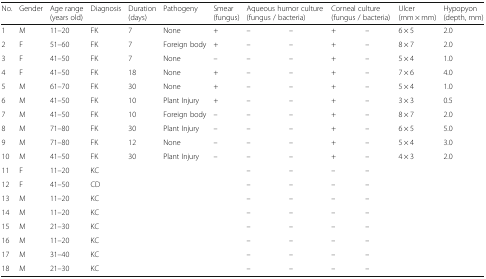
| No. | Gender | Age range (years old) | Diagnosis | Duration (days) | Pathogeny | Smear (fungus) | <COLSPAN=2> Aqueous humor culture (fungus / bacteria) | <COLSPAN=2> Corneal culture (fungus / bacteria) | Ulcer (mm × mm) | Hypopyon (depth, mm) |
 | --- | --- | --- | --- | --- | --- | --- | --- | --- | --- | --- | --- | --- |
 | 1 | M | 11–20 | FK | 7 | None | + | – | – | + | – | 6 × 5 | 2.0 |
 | 2 | F | 51–60 | FK | 7 | Foreign body | + | – | – | + | – | 8 × 7 | 2.0 |
 | 3 | F | 41–50 | FK | 7 | None | – | – | – | + | – | 5 × 4 | 1.0 |
 | 4 | F | 41–50 | FK | 18 | None | + | – | – | + | – | 7 × 6 | 4.0 |
 | 5 | M | 61–70 | FK | 30 | None | + | – | – | + | – | 5 × 4 | 1.0 |
 | 6 | M | 41–50 | FK | 10 | Plant Injury | + | – | – | + | – | 3 × 3 | 0.5 |
 | 7 | M | 41–50 | FK | 10 | Foreign body | – | – | – | + | – | 8 × 7 | 2.0 |
 | 8 | M | 71–80 | FK | 30 | Plant Injury | – | – | – | + | – | 6 × 5 | 5.0 |
 | 9 | M | 71–80 | FK | 12 | None | – | – | – | + | – | 5 × 4 | 3.0 |
 | 10 | M | 41–50 | FK | 30 | Plant Injury | – | – | – | + | – | 4 × 3 | 2.0 |
 | 11 | F | 11–20 | KC |  |  |  | – | – | – | – |  |  |
 | 12 | F | 41–50 | CD |  |  |  | – | – | – | – |  |  |
 | 13 | M | 11–20 | KC |  |  |  | – | – | – | – |  |  |
 | 14 | M | 11–20 | KC |  |  |  | – | – | – | – |  |  |
 | 15 | M | 21–30 | KC |  |  |  | – | – | – | – |  |  |
 | 16 | M | 11–20 | KC |  |  |  | – | – | – | – |  |  |
 | 17 | M | 31–40 | KC |  |  |  | – | – | – | – |  |  |
 | 18 | M | 21–30 | KC |  |  |  | – | – | – | – |  |  |